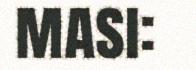
masi: